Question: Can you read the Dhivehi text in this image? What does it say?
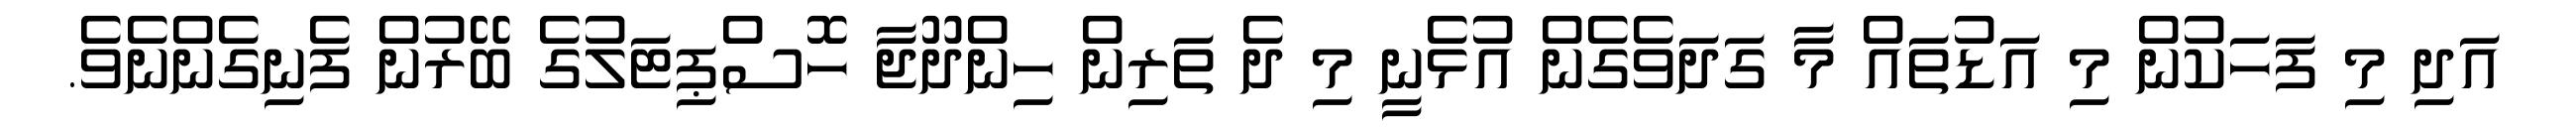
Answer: އަދި މި ފަހަކުން މި އަޑުތައް މާ ގަދަވެގެން އުޅެނީ މި ދެ ތަރިން ހިންދޫޖާ ހޮސްޕިޓަލުގެ ބޭރުން ފެނިގެންނެވެ.